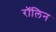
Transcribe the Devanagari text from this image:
रॉलिन